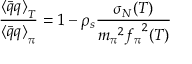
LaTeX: \frac { { \langle \bar { q } q \rangle } _ { T } } { { \langle \bar { q } q \rangle } _ { \pi } } = 1 - \rho _ { s } \frac { \sigma _ { N } ( T ) } { { m _ { \pi } } ^ { 2 } { f _ { \pi } } ^ { 2 } ( T ) }